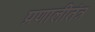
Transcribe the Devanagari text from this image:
प्रणालीतंत्र